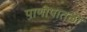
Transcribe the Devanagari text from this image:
पाणीपातळी